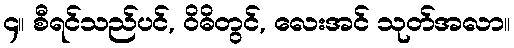
၄။ စီရင်သည်ပင်, ဝိဓိတွင်, လေးအင် သုတ်အလာ။